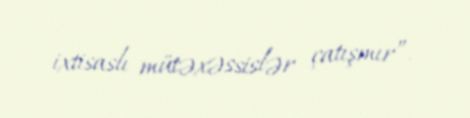
ixtisaslı mütəxəssislər çatışmır”.